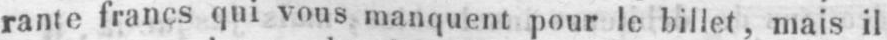
rante francs qui vous manquent pour le billet, mais il